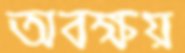
অবক্ষয়